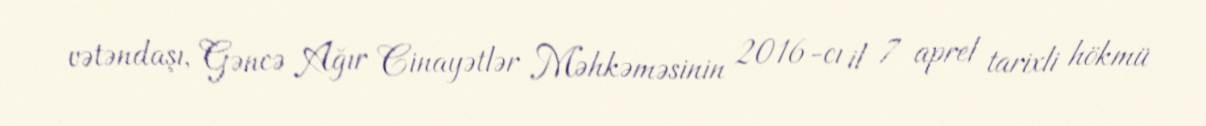
vətəndaşı, Gəncə Ağır Cinayətlər Məhkəməsinin 2016-cı il 7 aprel tarixli hökmü